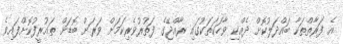
އެ ފަރާތްތަކާ ބައްދަލުކޮށް ދެއްކި ވާހަކަތަކުގައި ރާއްޖޭގެ ފަތުރުވެރިކަމަށް ވަރަށް ބޮޑަށް ތައުރީފުކޮށްފައިވެ